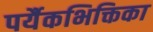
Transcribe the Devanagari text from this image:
पर्यैकभिक्तिका